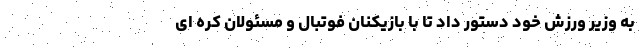
به وزیر ورزش خود دستور داد تا با بازیکنان فوتبال و مسئولان کره ای